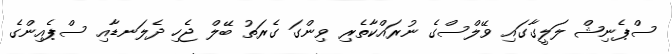
ސްޕެނިޝް ލަލީގާގައި ވޭލްސްގެ ނުރައްކާތެރި ވިންގަ ގެރަތު ބޭލް ޖެހި ދެލަނޑާއި ސްޕެއިންގެ